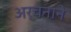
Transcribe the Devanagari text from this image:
अर्चनाने